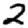
Digit: 2